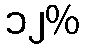
၁၂%